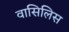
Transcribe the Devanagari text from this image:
वासिलिस